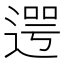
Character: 遌